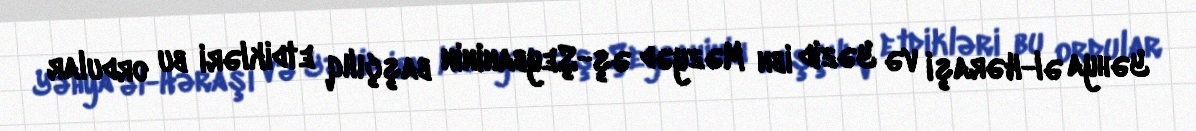
Yəhya əl-Həraşi və Yəzid ibn Məzyəd əş-Şeybaninin başçılıq etdikləri bu ordular